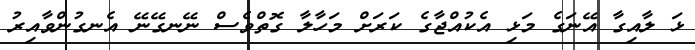
ޅަ ލާއިގާ އޭނަގެ މަޅި އެކުއްޖާގެ ކަރަށް މަހާލާ ގޮތްވެސް ނޭނގޭނޭ އެނގުންވާއިރު